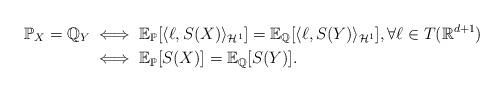
LaTeX: \begin{align*}\mathbb{P}_X = \mathbb{Q}_Y &\iff \mathbb{E}_{\mathbb{P}}[\langle \ell, S(X) \rangle_{\mathcal{H}^1}] = \mathbb{E}_{\mathbb{Q}}[\langle \ell, S(Y) \rangle_{\mathcal{H}^1}], \forall \ell \in T(\mathbb{R}^{d+1})\\&\iff \mathbb{E}_{\mathbb{P}}[S(X)] = \mathbb{E}_{\mathbb{Q}}[S(Y)].\end{align*}